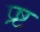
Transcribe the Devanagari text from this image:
प्र्ष्ट